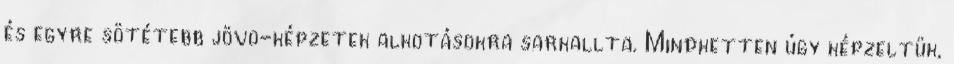
és egyre sötétebb jövõ-képzetek alkotásokra sarkallta. Mindketten úgy képzeltük,